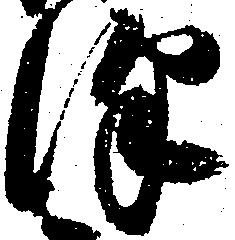
沢